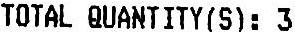
TOTAL QUANTITY(S): 3